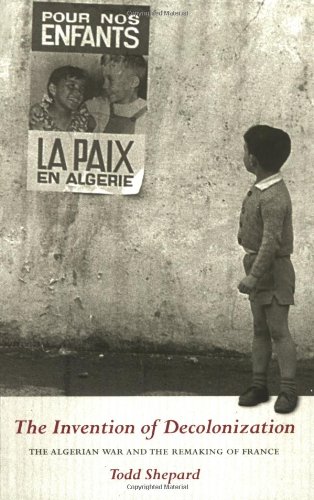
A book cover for The Invention of Decolonization: The Algerian War and the Remaking of France; Todd Shepard; History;